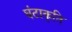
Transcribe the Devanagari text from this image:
घंटाकृति